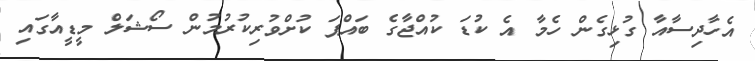
އެހާދިސާއާ ގުޅިގެން ހެމާ އެ ކުޑަ ކުއްޖާގެ ބައްޕަ ކުށްވުރިކުރުމުން ސޯޝަލް މީޑީއާގައި